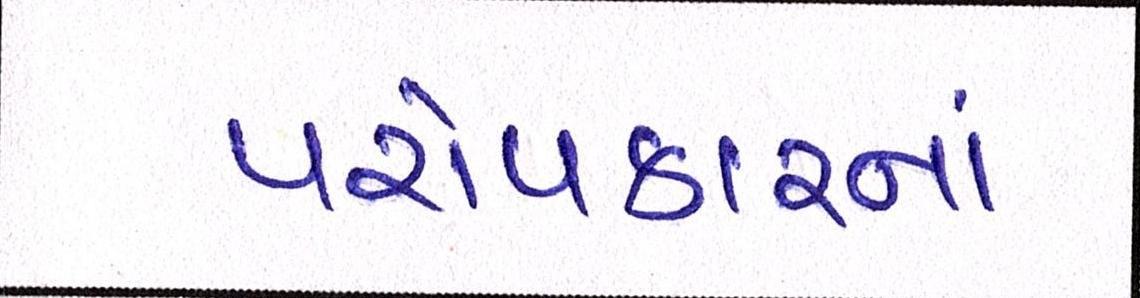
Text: પરોપકારનાં